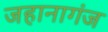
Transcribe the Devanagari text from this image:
जहानागंज